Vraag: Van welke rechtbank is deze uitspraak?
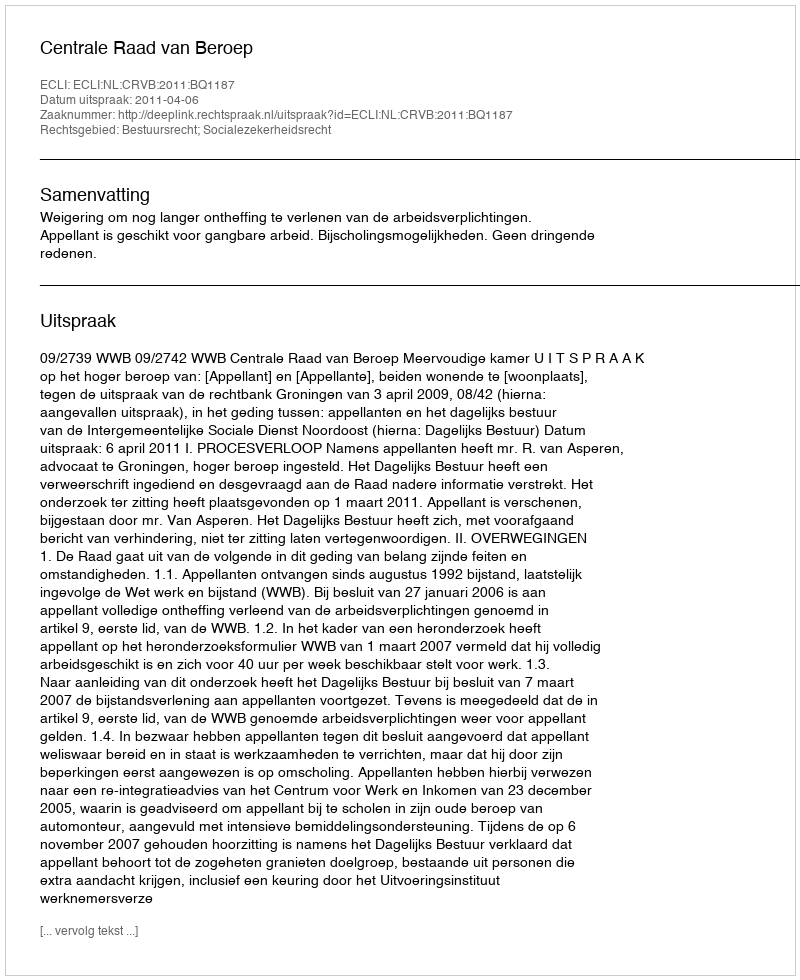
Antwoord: Centrale Raad van Beroep